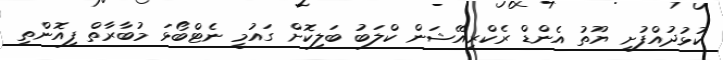
ކުޅުދުއްފުށި ޔޫތު އެންޑް ރެކްރިއޭޝަން ކްލަބު ބަލިކޮށް ގައުމީ ނެޓްބޯޅަ މުބާރާތް ފިއޮންތި